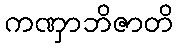
ကဏှာဘိဇာတိ